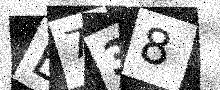
Text: E738